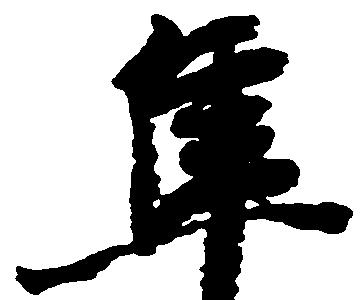
隼